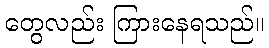
တွေလည်း ကြားနေရသည်။